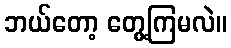
ဘယ်တော့ တွေ့ကြမလဲ။